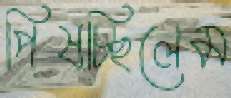
পিষচ্ছিলেম